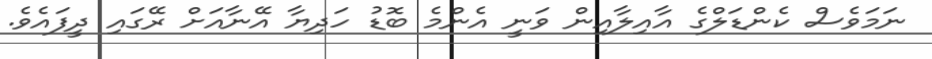
ނަމަވެސް ކެންޑަލްގެ އާއިލާއިން ވަނީ އެންމެ ބޮޑު ހަދިޔާ އޭނާއަށް ރޭގައި ދީފައެވެ.